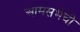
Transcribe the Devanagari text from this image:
आमसभेची